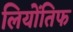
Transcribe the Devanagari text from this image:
लियोंतिफ